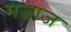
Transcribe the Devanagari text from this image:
मजाज